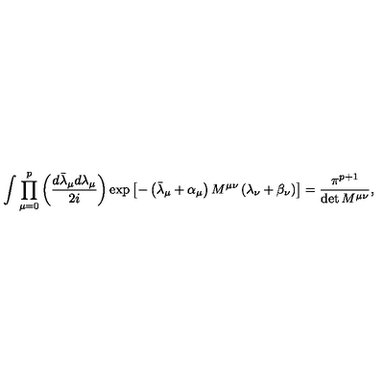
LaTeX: \int \prod _ { \mu = 0 } ^ { p } \left( \frac { d \bar { \lambda } _ { \mu } d \lambda _ { \mu } } { 2 i } \right) \exp \left[ - \left( \bar { \lambda } _ { \mu } + \alpha _ { \mu } \right) M ^ { \mu \nu } \left( \lambda _ { \nu } + \beta _ { \nu } \right) \right] = \frac { \pi ^ { p + 1 } } { \det M ^ { \mu \nu } } ,